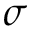
\sigma